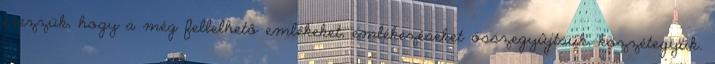
érezzük, hogy a még fellelhetô emlékeket, emlékezéseket összegyûjtsük, közzétegyük.